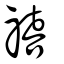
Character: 禧